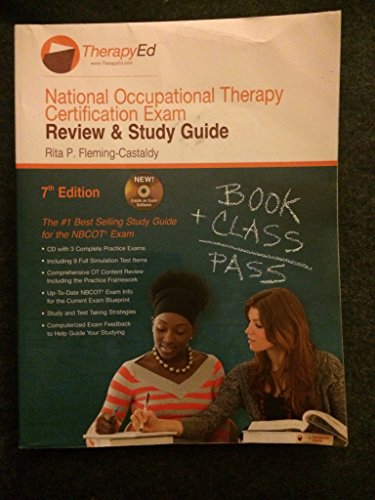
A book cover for National Occupational Therapy Certification Exam: Review & Study Guide 7th Edition; Rita P. Fleming-Castaldy; Medical Books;